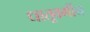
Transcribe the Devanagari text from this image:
धातूवर्गीय